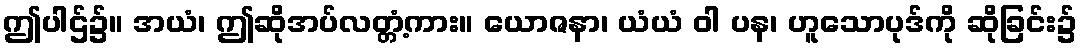
ဤပါဌ်၌။ အယံ၊ ဤဆိုအပ်လတ္တံ့ကား။ ယောဇနာ၊ ယံယံ ဝါ ပန၊ ဟူသောပုဒ်ကို ဆိုခြင်း၌